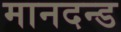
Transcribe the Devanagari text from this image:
मानदन्ड